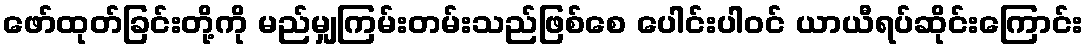
ဖော်ထုတ်ခြင်းတို့ကို မည်မျှကြမ်းတမ်းသည်ဖြစ်စေ ပေါင်းပါဝင် ယာယီရပ်ဆိုင်းကြောင်း